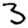
Digit: 3